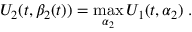
U _ { 2 } ( t , \beta _ { 2 } ( t ) ) = \operatorname* { m a x } _ { \alpha _ { 2 } } U _ { 1 } ( t , \alpha _ { 2 } ) \; .